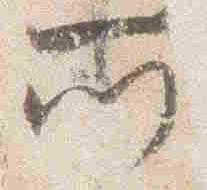
門